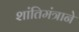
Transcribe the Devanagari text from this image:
शांतिमंत्राने